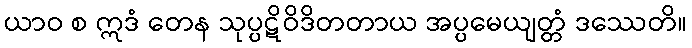
ယာဝ စ ဣဒံ တေန သုပ္ပဋိဝိဒိတတာယ အပ္ပမေယျတ္တံ ဒဿေတိ။